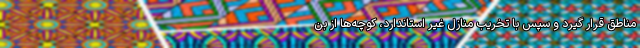
مناطق قرار گیرد و سپس با تخریب منازل غیر استاندارد، کوچه‌ها از بن